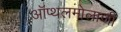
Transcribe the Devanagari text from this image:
ऑप्थलमोलाजी